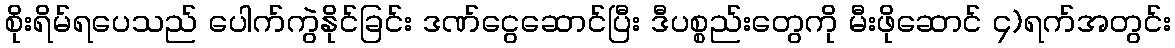
စိုးရိမ်ရပေသည် ပေါက်ကွဲနိုင်ခြင်း ဒဏ်ငွေဆောင်ပြီး ဒီပစ္စည်းတွေကို မီးဖိုဆောင် ၄)ရက်အတွင်း